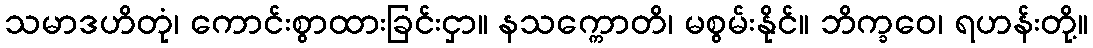
သမာဒဟိတုံ၊ ကောင်းစွာထားခြင်းငှာ။ နသက္ကောတိ၊ မစွမ်းနိုင်။ ဘိက္ခဝေ၊ ရဟန်းတို့။